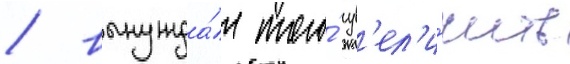
/ вынужда́я того́ ув'ел'и́чить